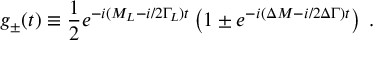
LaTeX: g _ { \pm } ( t ) \equiv \frac { 1 } { 2 } e ^ { - i ( M _ { L } - i / 2 \Gamma _ { L } ) t } \left( 1 \pm e ^ { - i ( \Delta M - i / 2 \Delta \Gamma ) t } \right) \: .